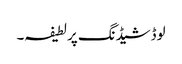
لوڈشیڈنگ پر لطیفہ۔